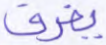
يفرق